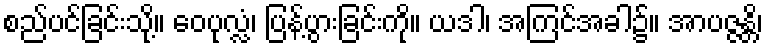
စည်ပင်ခြင်းသို့။ ဝေပုလ္လံ၊ ပြန့်ပွားခြင်းကို။ ယဒါ၊ အကြင်အခါ၌။ အာပဇ္ဇန္တိ၊